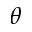
\theta